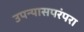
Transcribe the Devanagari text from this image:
उपन्यासपरंपरा